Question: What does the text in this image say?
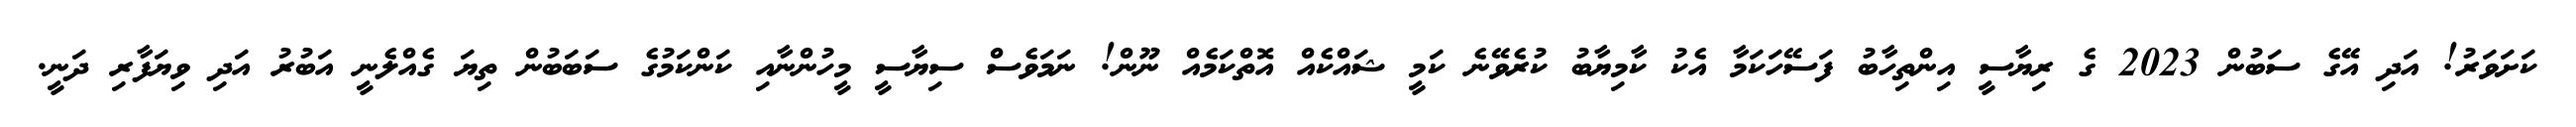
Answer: ކަށަވަރު! އަދި އޭގެ ސަބުން 2023 ގެ ރިޔާސީ އިންތިހާބު ފަސޭހަކަމާ އެކު ކާމިޔާބު ކުރެވޭނެ ކަމީ ޝައްކެއް އޮތްކަމެއް ނޫން! ނަމަވެސް ސިޔާސީ މީހުންނާއި ކަންކަމުގެ ސަބަބުން ތިޔަ ގެއްލެނީ އަބުރު އަދި ވިޔަފާރި ދަނީ.